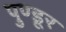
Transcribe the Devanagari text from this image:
पुण्डूर